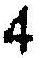
4